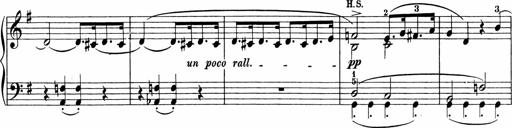
Title: Sonatinen Op.47, 98 und 136, nebst 6 Liedersonatinen
Composer: Carl Reinecke